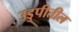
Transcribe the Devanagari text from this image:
उडुपीतील